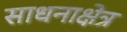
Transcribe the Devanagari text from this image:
साधनाक्षेत्र